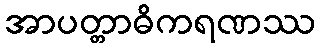
အာပတ္တာဓိကရဏဿ